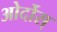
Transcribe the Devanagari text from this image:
ओर्दोस्